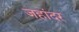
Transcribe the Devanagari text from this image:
जहांदर